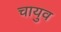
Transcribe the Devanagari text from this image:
चायुव